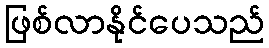
ဖြစ်လာနိုင်ပေသည်